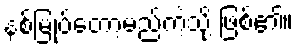
နစ်မြုပ်တော့မည်ကဲ့သို့ ဖြစ်၏။